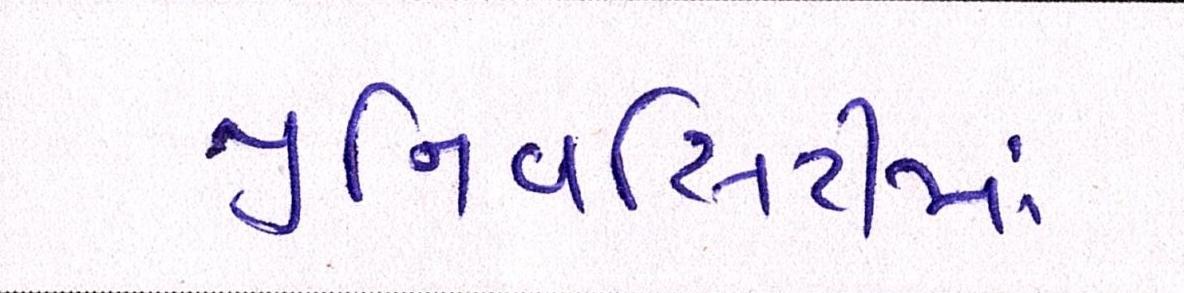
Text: યુનિવર્સિટીમાં